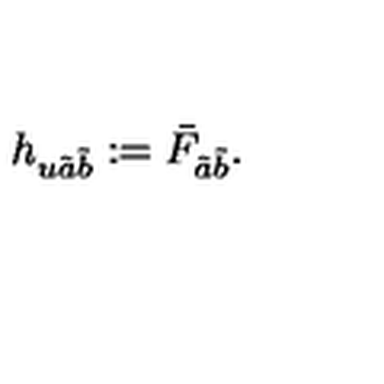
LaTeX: h _ { u \tilde { a } \tilde { b } } : = \bar { F } _ { \tilde { a } \tilde { b } } .